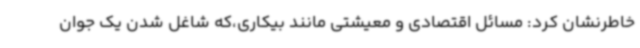
خاطرنشان کرد: مسائل اقتصادی و معیشتی مانند بیکاری،که شاغل شدن یک جوان